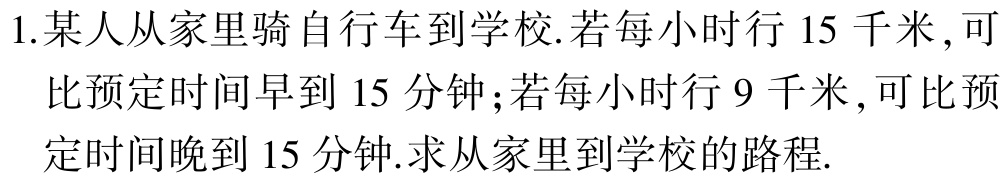
1.某人从家里骑自行车到学校.若每小时行 15 千米,可比预定时间早到 15 分钟;若每小时行 9 千米,可比预定时间晚到 15 分钟.求从家里到学校的路程.